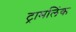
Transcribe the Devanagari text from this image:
ट्रामलिंक